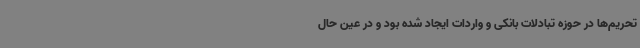
تحریم‌ها در حوزه تبادلات بانکی و واردات ایجاد شده بود و در عین حال